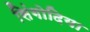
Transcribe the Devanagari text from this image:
सिंगोदिया